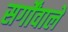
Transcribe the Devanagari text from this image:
सर्गोंवाले